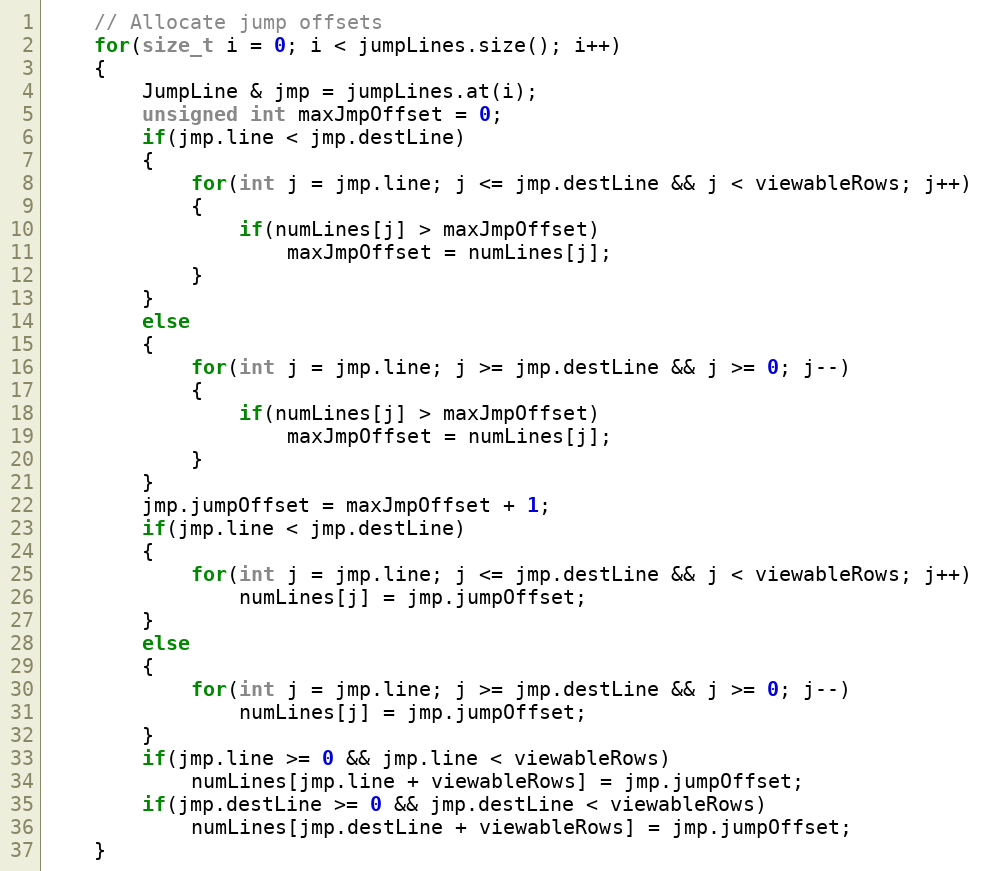
Language: C++
    // Allocate jump offsets
    for(size_t i = 0; i < jumpLines.size(); i++)
    {
        JumpLine & jmp = jumpLines.at(i);
        unsigned int maxJmpOffset = 0;
        if(jmp.line < jmp.destLine)
        {
            for(int j = jmp.line; j <= jmp.destLine && j < viewableRows; j++)
            {
                if(numLines[j] > maxJmpOffset)
                    maxJmpOffset = numLines[j];
            }
        }
        else
        {
            for(int j = jmp.line; j >= jmp.destLine && j >= 0; j--)
            {
                if(numLines[j] > maxJmpOffset)
                    maxJmpOffset = numLines[j];
            }
        }
        jmp.jumpOffset = maxJmpOffset + 1;
        if(jmp.line < jmp.destLine)
        {
            for(int j = jmp.line; j <= jmp.destLine && j < viewableRows; j++)
                numLines[j] = jmp.jumpOffset;
        }
        else
        {
            for(int j = jmp.line; j >= jmp.destLine && j >= 0; j--)
                numLines[j] = jmp.jumpOffset;
        }
        if(jmp.line >= 0 && jmp.line < viewableRows)
            numLines[jmp.line + viewableRows] = jmp.jumpOffset;
        if(jmp.destLine >= 0 && jmp.destLine < viewableRows)
            numLines[jmp.destLine + viewableRows] = jmp.jumpOffset;
    }